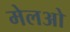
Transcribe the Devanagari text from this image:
मेलओ